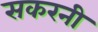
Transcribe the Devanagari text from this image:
सकरनी